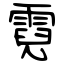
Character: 霓